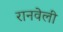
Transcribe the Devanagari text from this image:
रानवेली